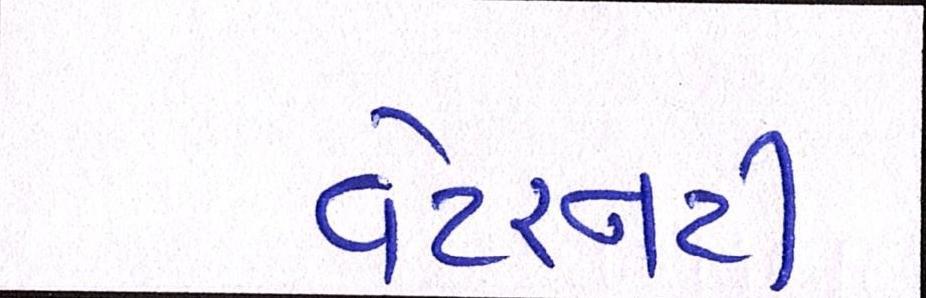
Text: વેટરનરી